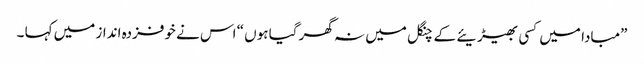
”مبادا میں کسی بھیڑیئے کے چنگل میں نہ گھر گیا ہوں “ اس نے خوفزدہ انداز میں کہا ۔